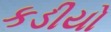
કડીયો